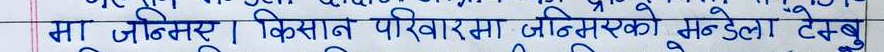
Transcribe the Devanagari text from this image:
मा जिनिभर। किसान परिवारमा जिनिमसको सन्देला टेम्पू